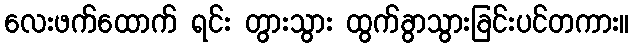
လေးဖက်ထောက် ရင်း တွားသွား ထွက်ခွာသွားခြင်းပင်တကား။